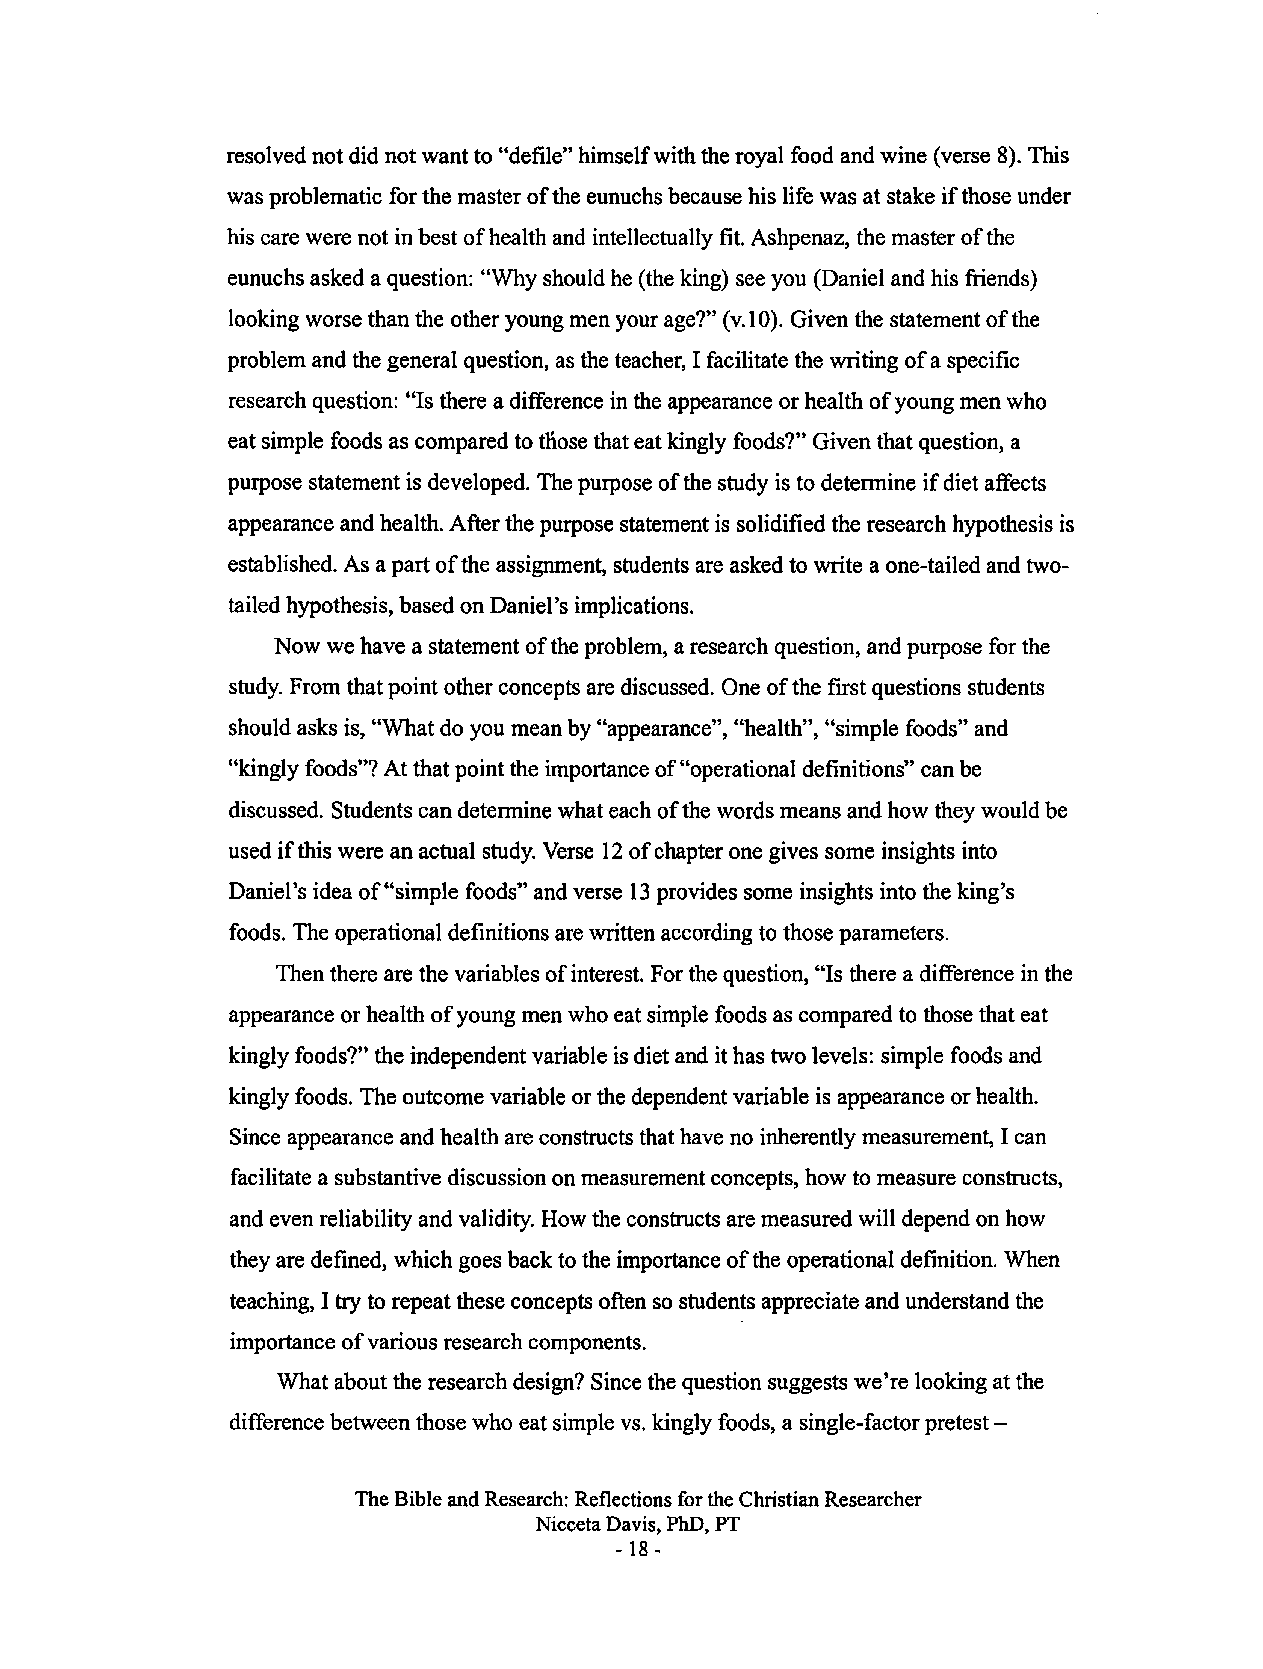
resolved not did not want to "defile" himself with the royal food and wine (verse 8). This
 was problematic for the master of the eunuchs because his life was at stake if those under
 his care were not in best of health and intellectually fit. Ashpenaz, the master of the
 eunuchs asked a question: "Why should he (the king) see you (Daniel and his friends)
 looking worse than the other young men your age?" (v.l 0). Given the statement of the
 problem and the general question, as the teacher, I facilitate the writing of a specific
 research question: "Is there a difference in the appearance or health of young men who
 eat simple foods as compared to tliose that eat kingly foods?" Given that question, a
 purpose statement is developed. The purpose of the study is to determine if diet affects
 appearance and health. After the purpose statement is solidified the research hypothesis is
 established. As a part of the assignment, students are asked to write a one-tailed and two
 tailed hypothesis, based on Daniel's implications.
 Now we have a statement of the problem, a research question, and purpose for the
 study. From that point other concepts are discussed. One of the first questions students
 should asks is, "What do you mean by "appearance", "health", "simple foods" and
 "kingly foods"? At that point the importance of "operational definitions" can be
 discussed. Students can determine what each of the words means and how they would be
 used if this were an actual study. Verse 12 of chapter one gives some insights into
 Daniel's idea of"simple foods" and verse 13 provides some insights into the king's
 foods. The operational definitions are written according to those parameters.
 Then there are the variables of interest. For the question, "Is there a difference in the
 appearance or health of young men who eat simple foods as compared to those that eat
 kingly foods?" the independent variable is diet and it has two levels: simple foods and
 kingly foods. The outcome variable or the dependent variable is appearance or health.
 Since appearance and health are constructs that have no inherently measurement, I can
 facilitate a substantive discussion on measurement concepts, how to measure constructs,
 and even reliability and validity. How the constructs are measured will depend on how
 they are defined, which goes back to the importance of the operational definition. When
 teaching, I try to repeat these concepts often so students appreciate and understand the
 importance of various research components.
 What about the research design? Since the question suggests we're looking at the
 difference between those who eat simple vs. kingly foods, a single-factor pretest-
 The Bible and Research: Reflections for the Christian Researcher
 Nicceta Davis, PhD, PT
 - 18-